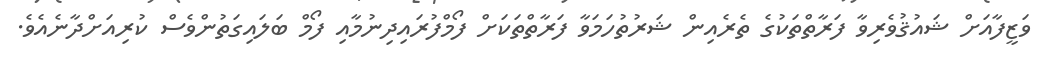
ވަޒީފާއަށް ޝައުޤުވެރިވާ ފަރާތްތަކުގެ ތެރެއިން ޝަރުތުހަމަވާ ފަރާތްތަކަށް ފޯމްފުރައިދިނުމާއި ފޯމް ބަލައިގަތުންވެސް ކުރިއަށްދާނެއެވެ.